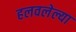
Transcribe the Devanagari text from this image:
हलवलेल्या